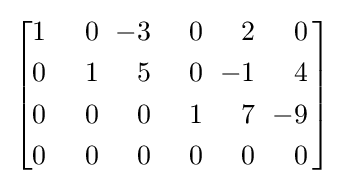
\left[{\begin{alignedat}{6}1&&0&&-3&&0&&2&&0\\0&&1&&5&&0&&-1&&4\\0&&0&&0&&1&&7&&-9\\0&&\;\;\;\;\;0&&\;\;\;\;\;0&&\;\;\;\;\;0&&\;\;\;\;\;0&&\;\;\;\;\;0\end{alignedat}}\,\right]